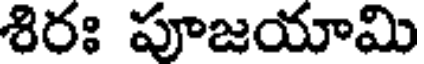
శిరః పూజయామి